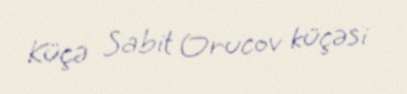
Küçə Sabit Orucov küçəsi